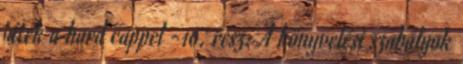
játék a hard cappel -10. rész: A könyvelési szabályok